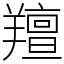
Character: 羶